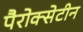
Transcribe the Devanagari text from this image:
पैरोक्सेटीन